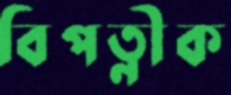
বিপত্নীক